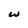
Character: w